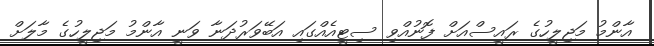
އާންމު މަޖިލީހުގެ ރައީސްއަށް ފޮނުއްވި ސިޓީއެއްގައި އަބޭވަރުދަނާ ވަނީ އާންމު މަޖިލީހުގެ މާލަށް